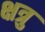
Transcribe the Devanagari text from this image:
क्षत्रु